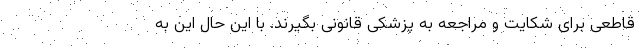
قاطعی برای شکایت و مراجعه به پزشکی قانونی بگیرند. با این حال این به